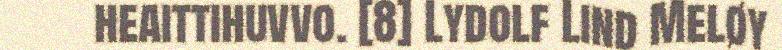
heaittihuvvo. [8] Lydolf Lind Meløy